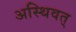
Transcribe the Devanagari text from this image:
अस्थिवत्